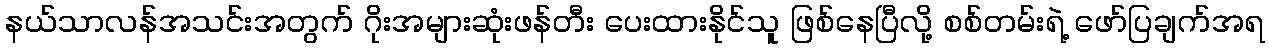
နယ်သာလန်အသင်းအတွက် ဂိုးအများဆုံးဖန်တီး ပေးထားနိုင်သူ ဖြစ်နေပြီလို့ စစ်တမ်းရဲ့ ဖော်ပြချက်အရ